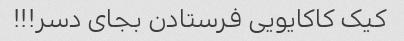
کیک کاکایویی فرستادن بجای دسر!!!